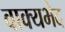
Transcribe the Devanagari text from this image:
वाक्यभेद